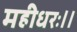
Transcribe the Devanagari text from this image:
महीधरः।।